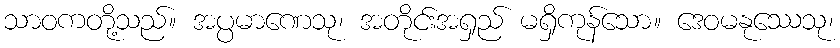
သာဝကတို့သည်။ အပ္ပမာဏေသု၊ အတိုင်းအရှည် မရှိကုန်သော။ ဒေဝမနုဿေသု၊